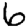
Digit: 6